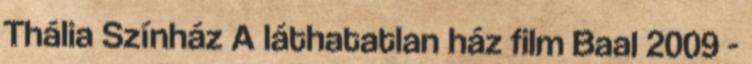
Thália Színház A láthatatlan ház film Baal 2009 -